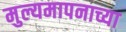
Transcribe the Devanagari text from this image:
मुल्यमापनाच्या